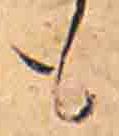
も